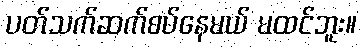
ပတ်သက်ဆက်စပ်နေမယ် မထင်ဘူး။